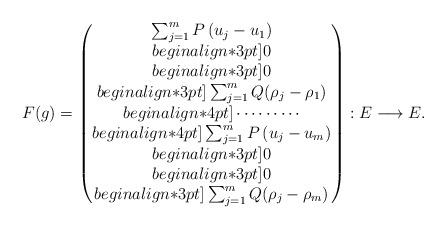
LaTeX: \begin{align*} F(g) =\begin{pmatrix} \sum_{j = 1}^m P \,(u_j - u_1) \\begin{align*}3pt]0 \\begin{align*}3pt]0 \\begin{align*}3pt]\sum_{j = 1}^m Q (\rho_j - \rho_1) \\begin{align*}4pt]\cdots \cdots \cdots \\begin{align*}4pt] \sum_{j = 1}^m P \,(u_j - u_m) \\begin{align*}3pt]0 \\begin{align*}3pt]0 \\begin{align*}3pt] \sum_{j = 1}^m Q (\rho_j - \rho_m)\end{pmatrix}: E \longrightarrow E .\end{align*}